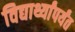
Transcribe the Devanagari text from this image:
विद्यार्थ्यांपर्यंत